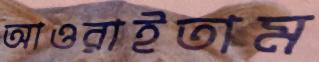
আওরাইতাম